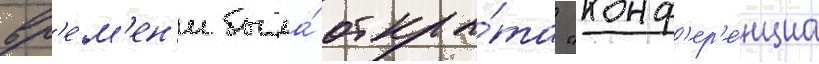
вр'е́м'ен'и была́ откры́та "конф'ер'е́нциа